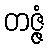
တဇ္ဇံ